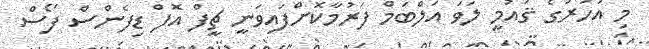
މި އަހަރުގެ ޤައުމީ ލަވަ އަލްބަމް ފަރުމާކޮށްފައިވަނީ ޗީފް އޮފް ޑިފެންސް ފޯސް